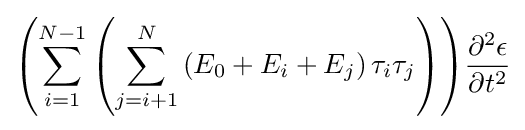
{\left({\sum _{i=1}^{N-1}{\left({\sum _{j=i+1}^{N}{\left({E_{0}+E_{i}+E_{j}}\right)\tau _{i}\tau _{j}}}\right)}}\right)}{\frac {\partial ^{2}{\epsilon }}{\partial {t}^{2}}}